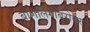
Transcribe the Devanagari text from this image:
बाणलिंगाबरोबर